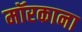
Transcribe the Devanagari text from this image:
मॉरकाना